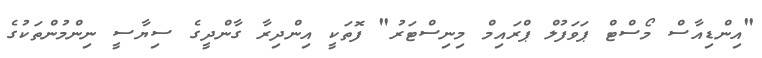
"އިންޑިއާސް މޯސްޓް ޕަވަފުލް ޕްރައިމް މިނިސްޓަރު" ފޮތަކީ އިންދިރާ ގާންދީގެ ސިޔާސީ ނިންމުންތަކުގެ